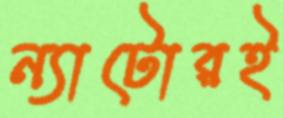
ন্যাটোরই